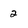
Character: 2